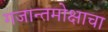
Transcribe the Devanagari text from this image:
गजान्तमोक्षाचा